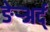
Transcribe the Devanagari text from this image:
ङेर्‍अर्द्